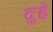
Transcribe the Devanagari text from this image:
दुहे